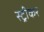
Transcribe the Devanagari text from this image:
स्ट्रीकर